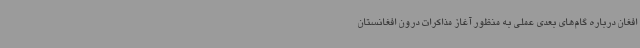
افغان درباره گام‌های بعدی عملی به منظور آغاز مذاکرات درون افغانستان